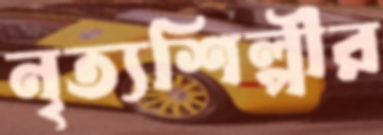
নৃত্যশিল্পীর